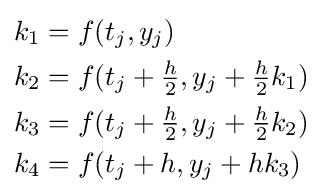
{\begin{aligned}k_{1}&=f(t_{j},y_{j})\\k_{2}&=f(t_{j}+{\tfrac {h}{2}},y_{j}+{\tfrac {h}{2}}k_{1})\\k_{3}&=f(t_{j}+{\tfrac {h}{2}},y_{j}+{\tfrac {h}{2}}k_{2})\\k_{4}&=f(t_{j}+h,y_{j}+hk_{3})\end{aligned}}